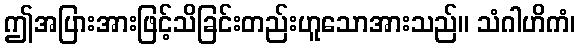
ဤအပြားအားဖြင့်သိခြင်းတည်းဟူသောအားသည်။ သံဂါဟိကံ၊